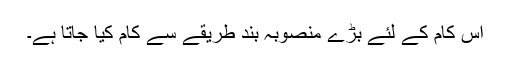
اس کام کے لئے بڑے منصوبہ بند طریقے سے کام کیا جاتا ہے۔